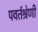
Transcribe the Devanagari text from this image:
पवर्तश्रेणी